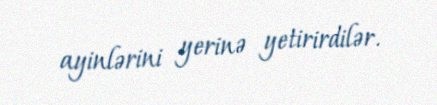
ayinlərini yerinə yetirirdilər.